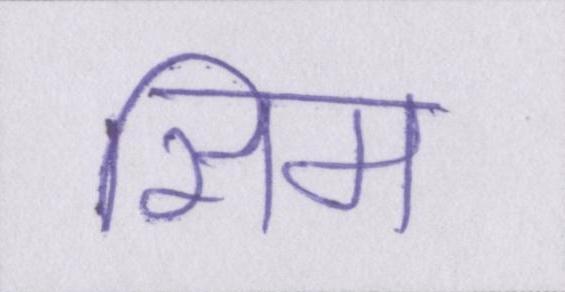
सिम